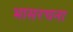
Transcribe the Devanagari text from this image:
भासरचना